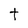
Character: t